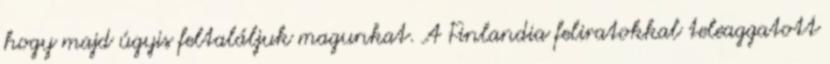
hogy majd úgyis feltaláljuk magunkat. A Finlandia feliratokkal teleaggatott